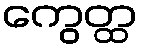
ကွေတ္ထ